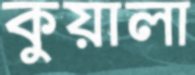
কুয়ালা